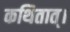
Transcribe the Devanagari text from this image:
कथितात्।